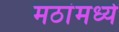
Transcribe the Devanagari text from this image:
मठांमध्ये